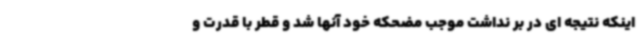
اینکه نتیجه ای در بر نداشت موجب مضحکه خود آنها شد و قطر با قدرت و